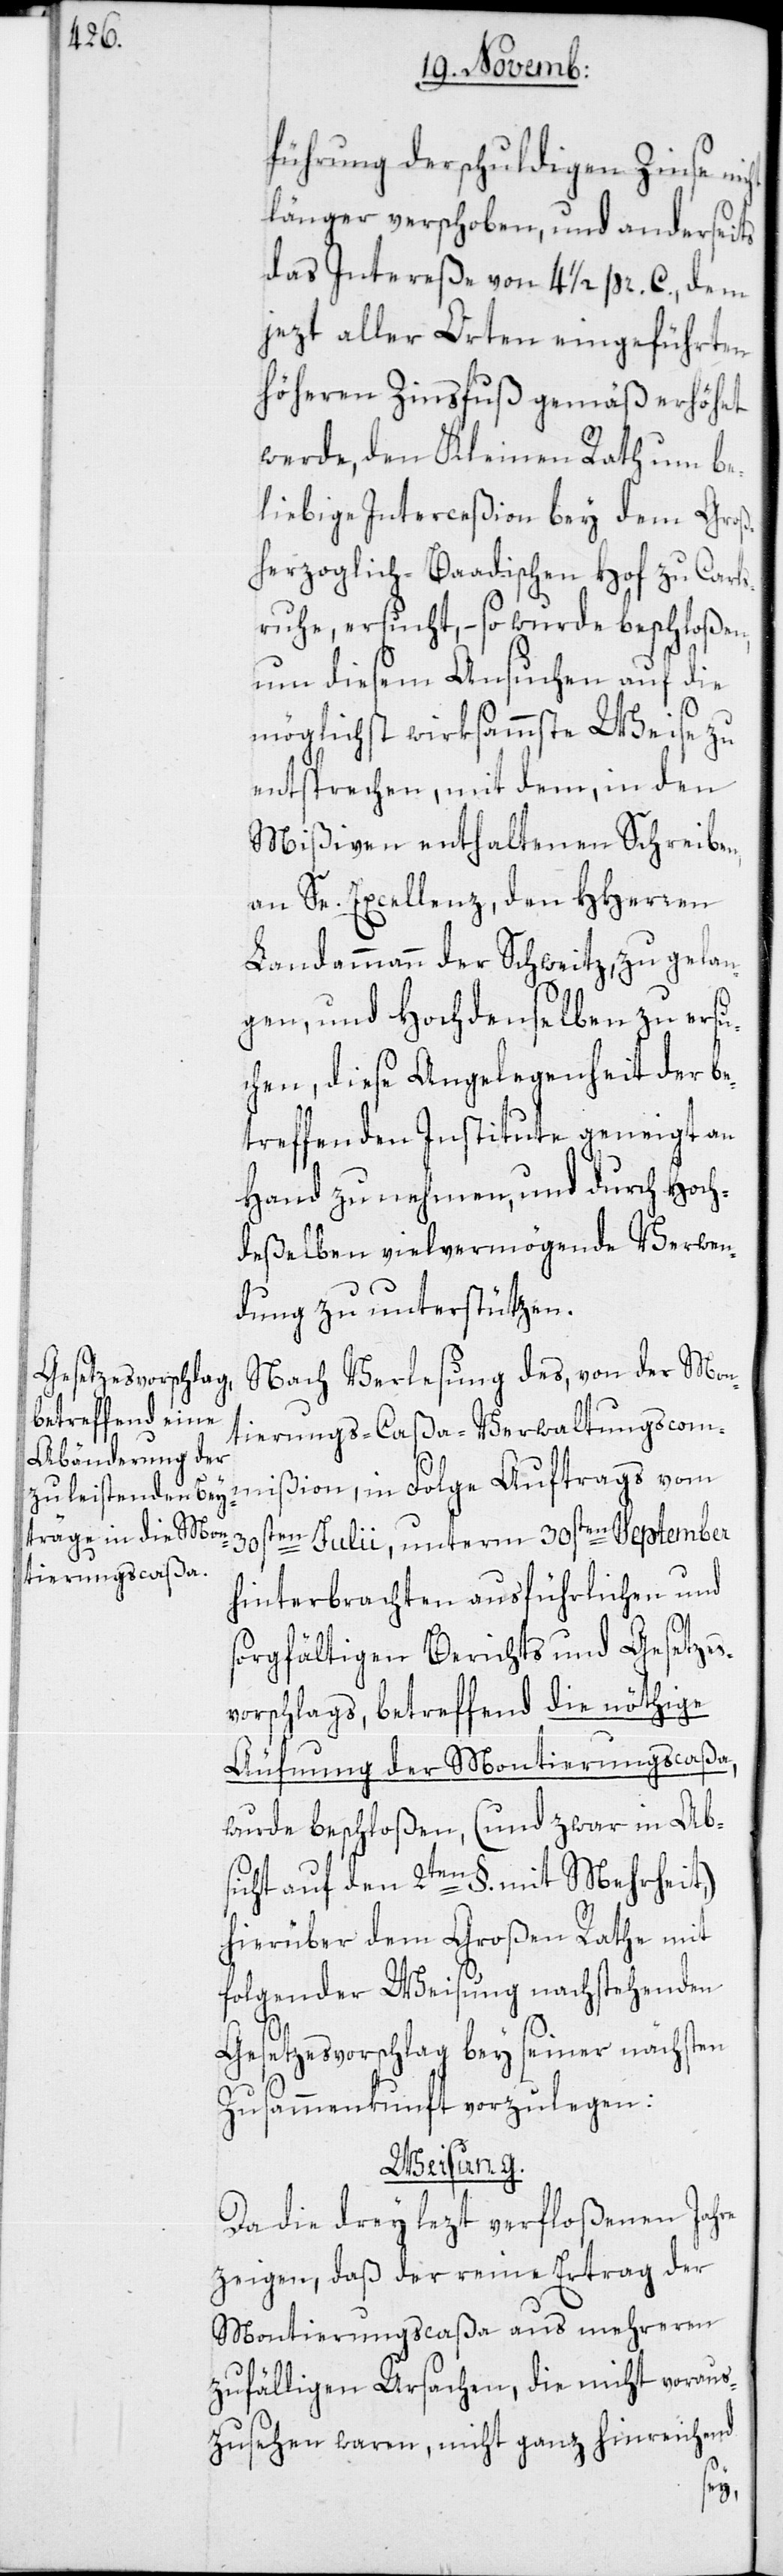
führung der schuldigen Zinse ni¬
länger verschoben, und anderseits
das Intereße von 4 1/2 pr. C., dem
jezt aller Orten eingeführten
höheren Zinsfuß gemäß erhöhet
werde, den Kleinen Rath um be¬
liebige Interceßion bey dem Groß¬
herzoglich-Baadischen Hof zu Carls¬
ruhe, ersucht, – so wurde beschloßen,
um diesem Ansuchen auf die
möglichst wirksammste Weise zu
entsprechen, mit dem, in den
Mißiven enthaltenen Schreiben,
an Se. Excellenz, den HHerren
Landammann der Schweitz, zu gelan¬
gen, und Hochdenselben zu ersu¬
chen, diese Angelegenheit der be¬
treffenden Institute geneigt an
Hand zu nehmen, und durch Hoch¬
deßelben vielvermögende Verwen¬
dung zu unterstützen.
Nach Verlesung des, von der Mon¬
tierungs-Caßa-Verwaltungscom¬
mißion, in Folge Auftrags vom
30sten Julii, unterm 30sten September
hinterbrachten ausführlichen und
sorgfältigen Berichts und Gesetzes¬
vorschlags, betreffend die nöthige
Äufnung der Montierungscaßa,
wurde beschloßen, (und zwar in Abs¬
icht auf den 2ten §. mit Mehrheit,)
hierüber dem Großen Rathe mit
folgender Weisung nachstehenden
cht
Gesetzesvorschlag bey seiner nächsten
Zusammenkunft vorzulegen:
Weisung.
Da die drey lezt verfloßenen Jahre
zeigen, daß der reine Ertrag der
Montierungscaßa aus mehreren
zufälligen Ursachen, die nicht voraus¬
zusehen waren, nicht ganz hinreichend